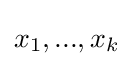
x_{1},...,x_{k}